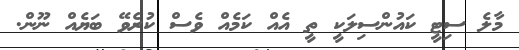
މާލެ ސިޓީ ކައުންސިލަކީ ތީ އެއް ކަމެއް ވެސް ކުރެވޭ ބަޔެއް ނޫން.